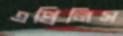
এপ্রিলিস